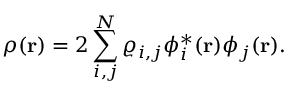
{ \displaystyle \rho ( { \bf r } ) = 2 \sum _ { i , j } ^ { N } \varrho _ { i , j } \phi _ { i } ^ { * } ( { \bf r } ) \phi _ { j } ( { \bf r } ) } .